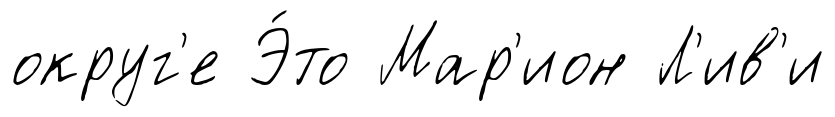
округ'е Э́то Мар'ион Л'ив'и